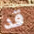
قد